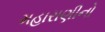
મહારાણીનો